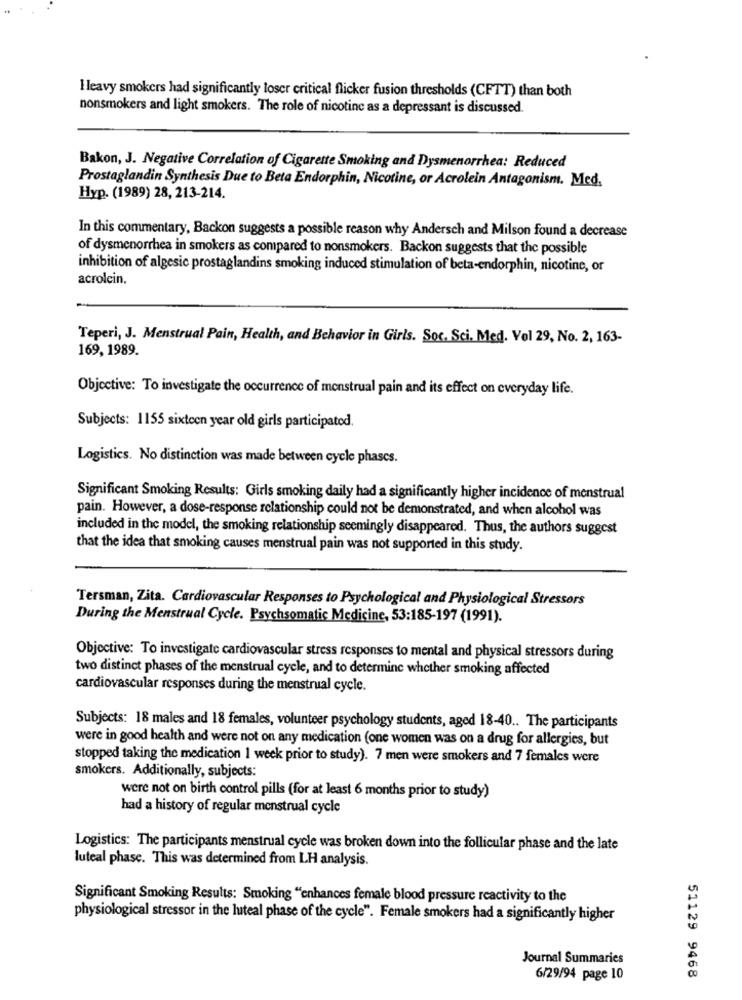
H leavy smokers had significantly loser critical flicker fusion thresholds (CFTT) than both
nonsmokers and light smokers. The role of nicotine as a depressant is discussed.
Bakon, J. Negative Correlation of Cigarette Smoking and Dysmenorrhea: Reduced
Prostaglandin Synthesis Due to Beta Endorphin, Nicotine, or Acrolein Antagonism. Med.
Hyp. (1989) 28, 213-214.
In this commentary, Backon suggests a possible reason why Andersch and Milson found a decrease
of dysmenorrhea in smokers as compared to nonsmokers. Backon suggests that the possible
inhibition of algesic prostaglandins smoking induced stimulation of beta-endorphin, nicotine, or
acrolcin.
Teperi, J. Menstrual Pain, Health, and Behavior in Girls. Soc. Sci. Med. Vol 29, No. 2, 163-
169, 1989.
Objective: To investigate the occurrence of menstrual pain and its effect on everyday life.
Subjects: 1155 sixteen year old girls participated.
Logistics. No distinction was made between cycle phases.
Significant Smoking Results: Girls smoking daily had a significantly higher incidence of menstrual
pain. However, a dose-response relationship could not be demonstrated, and when alcohol was
included in the model, the smoking relationship seemingly disappeared. Thus, the authors suggest
that the idea that smoking causes menstrual pain was not supported in this study.
Tersman, Zita. Cardiovascular Responses to Psychological and Physiological Stressors
During the Menstrual Cycle. Psychsomatic Medicine, 53:185-197 (1991).
Objective: To investigate cardiovascular stress responses to mental and physical stressors during
two distinct phases of the menstrual cycle, and to determine whether smoking affected
cardiovascular responses during the menstrual cycle.
Subjects: 18 males and 18 females, volunteer psychology students, aged 18-40 .. The participants
were in good health and were not on any medication (one women was on a drug for allergies, but
stopped taking the medication 1 week prior to study). 7 men were smokers and 7 females were
smokers. Additionally, subjects:
were not on birth control pills (for at least 6 months prior to study)
had a history of regular menstrual cycle
Logistics: The participants menstrual cycle was broken down into the follicular phase and the late
luteal phase. This was determined from LH analysis.
Significant Smoking Results: Smoking "enhances female blood pressure reactivity to the
physiological stressor in the luteal phase of the cycle". Female smokers had a significantly higher
Journal Summaries
51129 9468
6/29/94 page 10